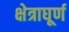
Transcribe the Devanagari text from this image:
क्षेत्राघूर्ण